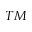
^ { T M }